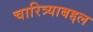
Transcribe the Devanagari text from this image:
चारित्र्याबद्दल